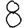
Digit: 8